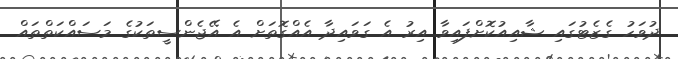
ދުވަހު ގެޒެޓުގައި ޝާއިއުކޮށްފައިވާ އިރު އެ ގަވައިދާ އެއްގޮތަށް އެ އޭޖެންސީތަކުގެ މަސައްކަތްތައް